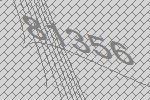
81356